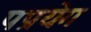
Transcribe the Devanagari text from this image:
पप्रयेग